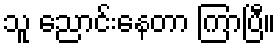
သူ ညောင်းနေတာ ကြာပြီ။